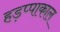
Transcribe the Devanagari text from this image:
हड़प्पाकाल